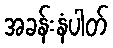
အခန်းနံပါတ်